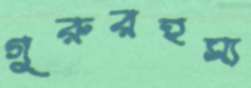
গুরুরহস্য